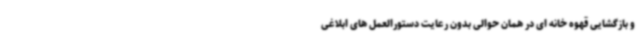
و بازگشایی قهوه خانه ای در همان حوالی بدون رعایت دستورالعمل های ابلاغی